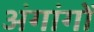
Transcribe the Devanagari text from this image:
अंगांगों